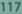
Transcribed